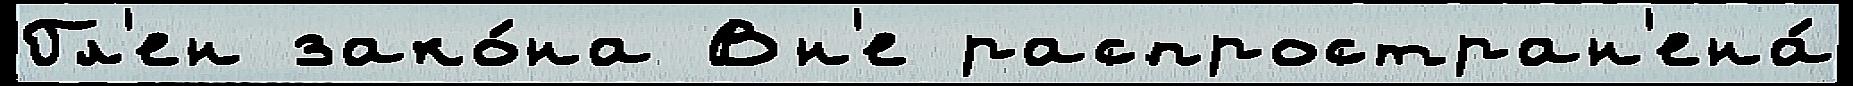
Гл'ен зако́на Вн'е распростран'ена́